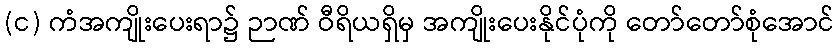
(င) ကံအကျိုးပေးရာ၌ ဉာဏ် ဝီရိယရှိမှ အကျိုးပေးနိုင်ပုံကို တော်တော်စုံအောင်